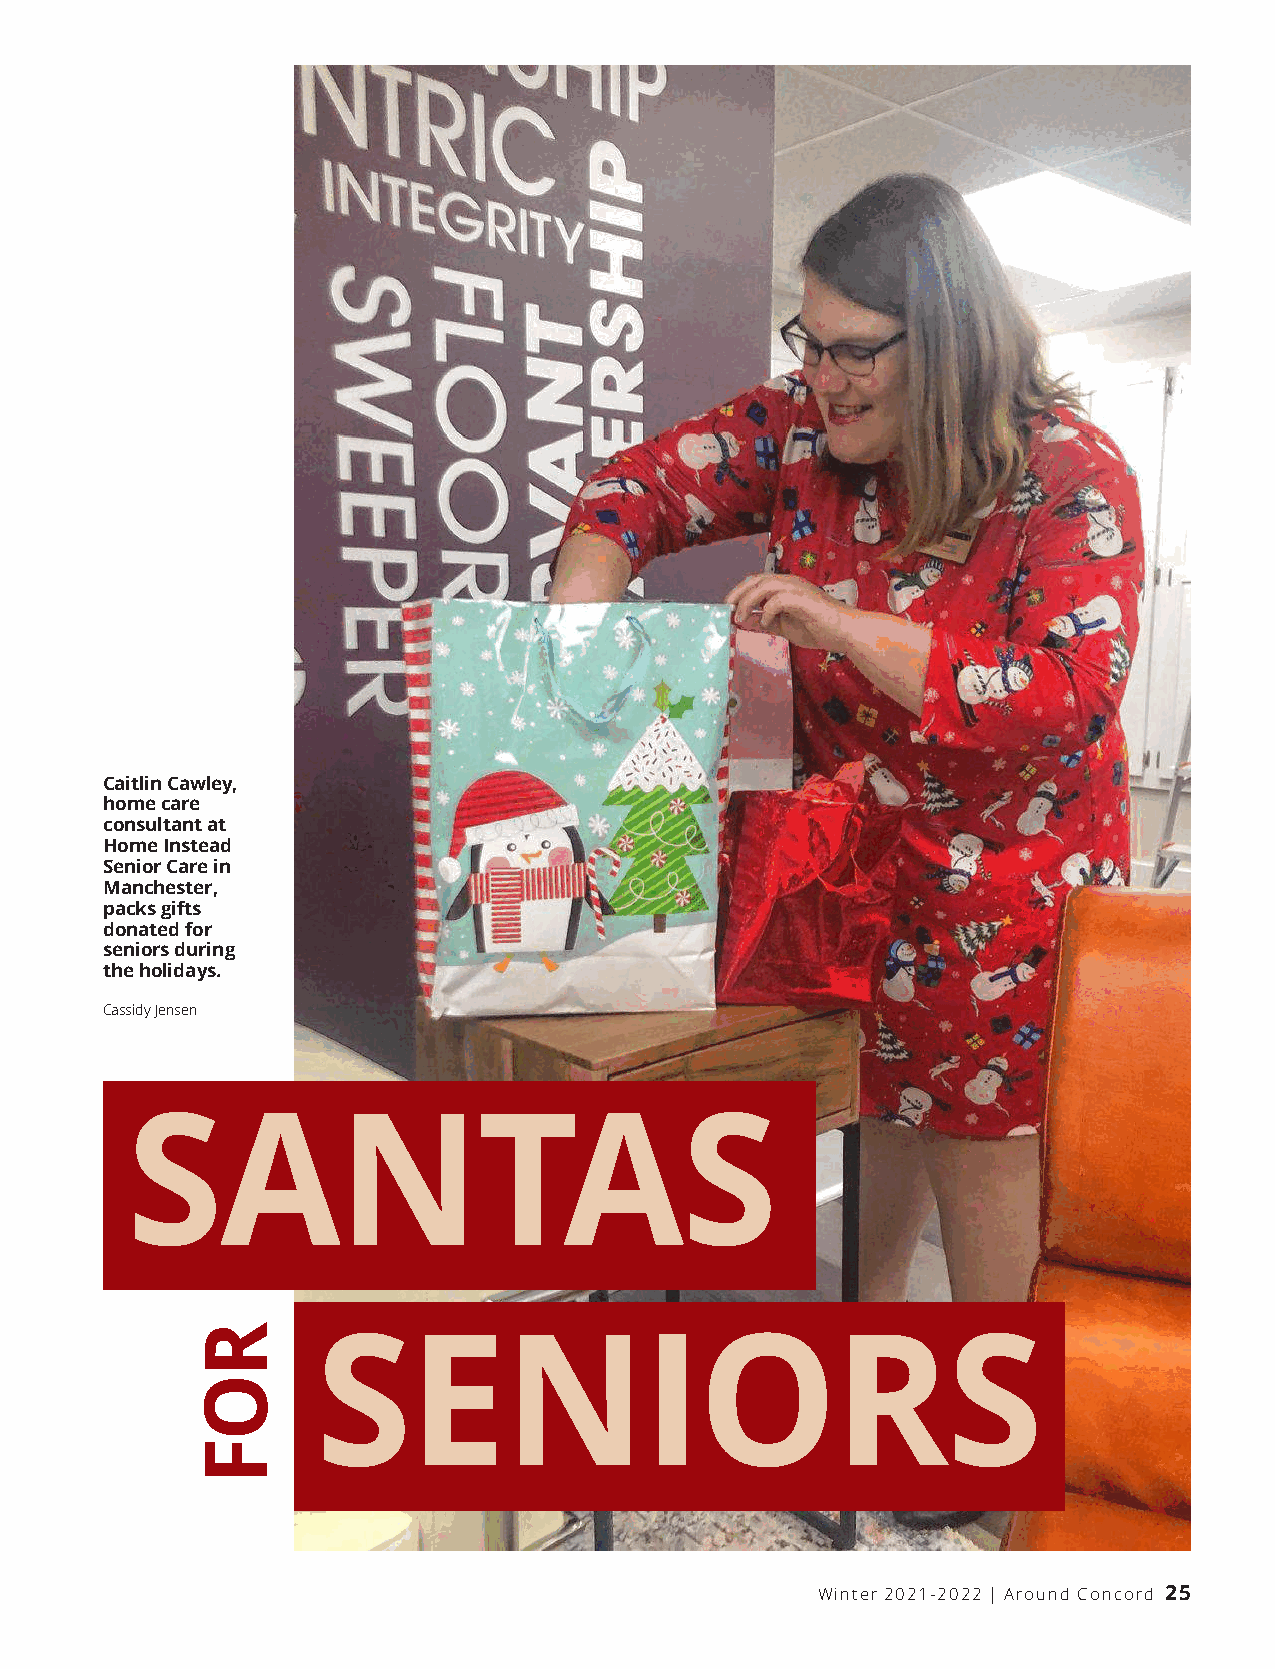
Caitlin Cawley,
 home care
 consultant at
 Home Instead
 Senior Care in
 Manchester,
 packs gifts
 donated for
 seniors during
 the holidays.
 Cassidy Jensen
 S      A      N         TA           S
 SENIORS
 Winter 2021-2022 | Around Concord 25
 ROF